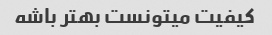
کیفیت میتونست بهتر باشه